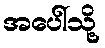
အပေါ်သို့